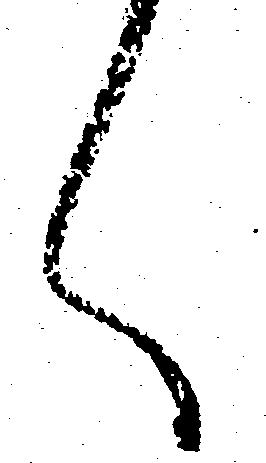
々